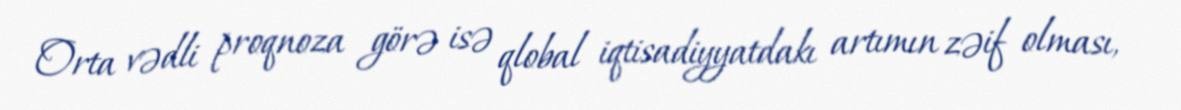
Orta vədli proqnoza görə isə qlobal iqtisadiyyatdakı artımın zəif olması,